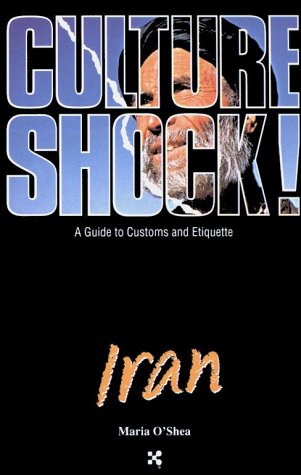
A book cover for Culture Shock! Iran (Culture Shock! A Survival Guide to Customs & Etiquette); Maria O'Shea; Travel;